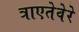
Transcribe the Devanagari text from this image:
त्राएतेवेरे